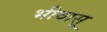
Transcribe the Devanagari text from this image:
भीवासू